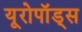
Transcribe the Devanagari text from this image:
यूरोपॉड्स